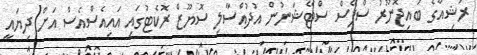
ރަޝިއާގެ ބައިޖޮނޫރު ސްޕޭސް ސްޓޭޝަނުން އުދުއްސާލި ސޮޔޫޒް ރޮކެޓުގައި އައިއެސްއެސް އަށް ދިޔައީ